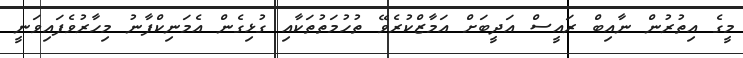
މީގެ އިތުރުން ނާއިބް ރައީސް އަދީބަށް އަމާޒްކުރެވޭ ތުހުމަތުތަކާއި ގުޅިގެން އެމަނިކްފާނު މިހާރުވެފައިވަނީ